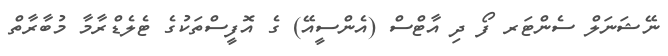
ނޭޝަނަލް ސެންޓަރ ފޯ ދި އާޓްސް (އެންސީއޭ) ގެ އޮފީސްތަކުގެ ޓެލެޑްރާމާ މުބާރާތް